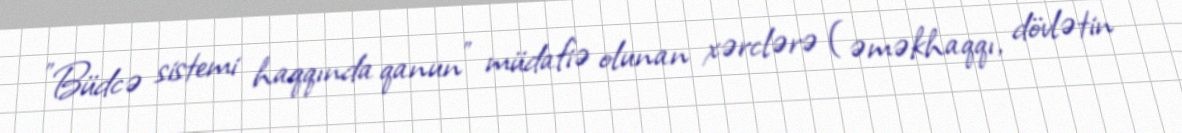
”Büdcə sistemi haqqında qanun" müdafiə olunan xərclərə (əməkhaqqı, dövlətin